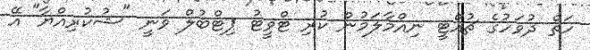
ހަތް ދުވަހުގެ ޗުއްޓީ ނިއްމާލަމުން ކުރި ޓްވީޓު ޕިޓްބުލް ވަނީ "ޝުކުރިއްޔާ" އޭ